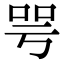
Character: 咢